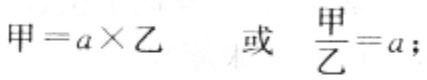
甲 = a×乙  或  \(\frac{甲}{乙}=a\);